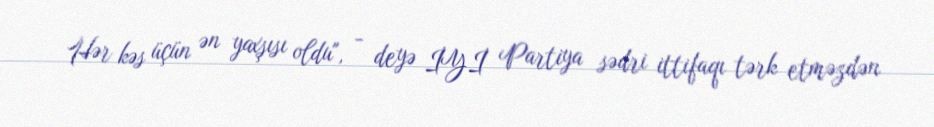
Hər kəs üçün ən yaxşısı oldu", - deyə İYİ Partiya sədri ittifaqı tərk etməzdən